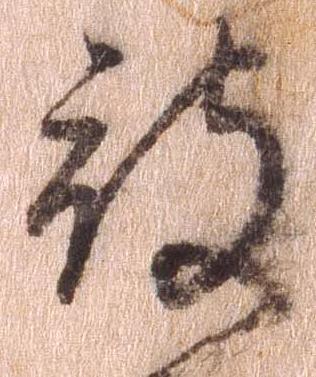
被